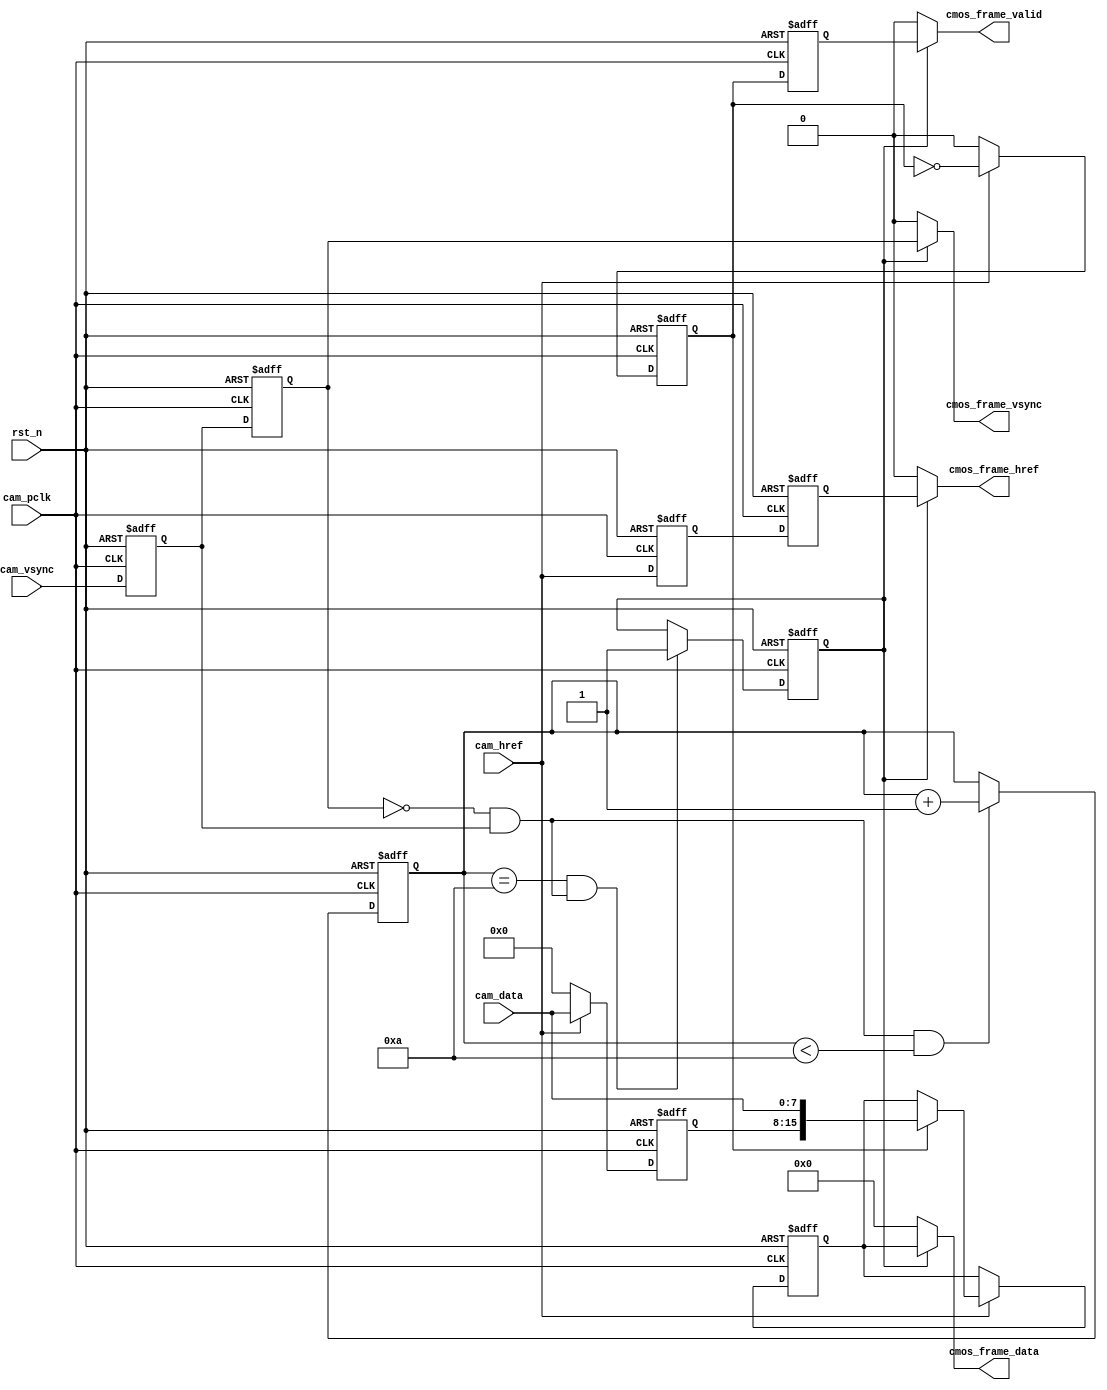
module cmos_capture_data(
    input                 rst_n            ,  //    
    //                           
    input                 cam_pclk         ,  //cmos 
    input                 cam_vsync        ,  //cmos 
    input                 cam_href         ,  //cmos 
    input  [7:0]          cam_data         ,                      
    //                              
    output                cmos_frame_vsync ,  //    
    output                cmos_frame_href  ,  //
    output                cmos_frame_valid ,  //
    output       [15:0]   cmos_frame_data     //        
    );

//10
//
parameter  WAIT_FRAME = 4'd10    ;            //            
							     
//reg define                     
reg             cam_vsync_d0     ;
reg             cam_vsync_d1     ;
reg             cam_href_d0      ;
reg             cam_href_d1      ;
reg    [3:0]    cmos_ps_cnt      ;            //
reg    [7:0]    cam_data_d0      ;            
reg    [15:0]   cmos_data_t      ;            //816
reg             byte_flag        ;            //16RGB
reg             byte_flag_d0     ;
reg             frame_val_flag   ;            // 

wire            pos_vsync        ;            //

//*****************************************************
//**                    main code
//*****************************************************

//
assign pos_vsync = (~cam_vsync_d1) & cam_vsync_d0; 

//
assign  cmos_frame_vsync = frame_val_flag  ?  cam_vsync_d1  :  1'b0; 

//
assign  cmos_frame_href  = frame_val_flag  ?  cam_href_d1   :  1'b0; 

//
assign  cmos_frame_valid = frame_val_flag  ?  byte_flag_d0  :  1'b0; 

//
assign  cmos_frame_data  = frame_val_flag  ?  cmos_data_t   :  1'b0; 
       
always @(posedge cam_pclk or negedge rst_n) begin
    if(!rst_n) begin
        cam_vsync_d0 <= 1'b0;
        cam_vsync_d1 <= 1'b0;
        cam_href_d0 <= 1'b0;
        cam_href_d1 <= 1'b0;
    end
    else begin
        cam_vsync_d0 <= cam_vsync;
        cam_vsync_d1 <= cam_vsync_d0;
        cam_href_d0 <= cam_href;
        cam_href_d1 <= cam_href_d0;
    end
end

//
always @(posedge cam_pclk or negedge rst_n) begin
    if(!rst_n)
        cmos_ps_cnt <= 4'd0;
    else if(pos_vsync && (cmos_ps_cnt < WAIT_FRAME))
        cmos_ps_cnt <= cmos_ps_cnt + 4'd1;
end

//
always @(posedge cam_pclk or negedge rst_n) begin
    if(!rst_n)
        frame_val_flag <= 1'b0;
    else if((cmos_ps_cnt == WAIT_FRAME) && pos_vsync)
        frame_val_flag <= 1'b1;
    else;    
end            

//816RGB565        
always @(posedge cam_pclk or negedge rst_n) begin
    if(!rst_n) begin
        cmos_data_t <= 16'd0;
        cam_data_d0 <= 8'd0;
        byte_flag <= 1'b0;
    end
    else if(cam_href) begin
        byte_flag <= ~byte_flag;
        cam_data_d0 <= cam_data;
        if(byte_flag)
            cmos_data_t <= {cam_data_d0,cam_data};
        else;   
    end
    else begin
        byte_flag <= 1'b0;
        cam_data_d0 <= 8'b0;
    end    
end        

//(cmos_frame_valid)
always @(posedge cam_pclk or negedge rst_n) begin
    if(!rst_n)
        byte_flag_d0 <= 1'b0;
    else
        byte_flag_d0 <= byte_flag;	
end 
       
endmodule